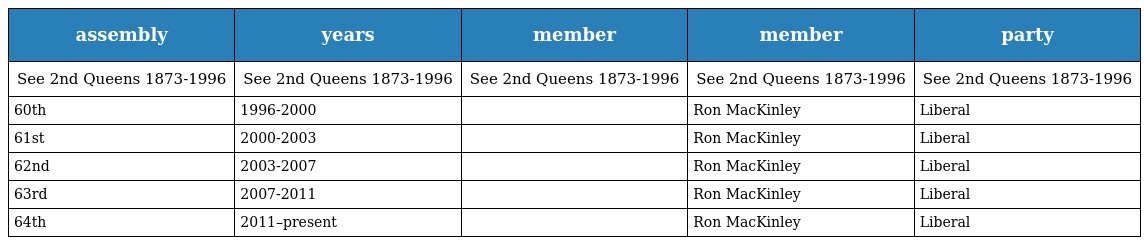
| assembly | years | member | member | party |
 | --- | --- | --- | --- | --- |
 | See 2nd Queens 1873-1996 | See 2nd Queens 1873-1996 | See 2nd Queens 1873-1996 | See 2nd Queens 1873-1996 | See 2nd Queens 1873-1996 |
 | 60th | 1996-2000 |  | Ron MacKinley | Liberal |
 | 61st | 2000-2003 |  | Ron MacKinley | Liberal |
 | 62nd | 2003-2007 |  | Ron MacKinley | Liberal |
 | 63rd | 2007-2011 |  | Ron MacKinley | Liberal |
 | 64th | 2011–present |  | Ron MacKinley | Liberal |